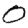
Digit: 0